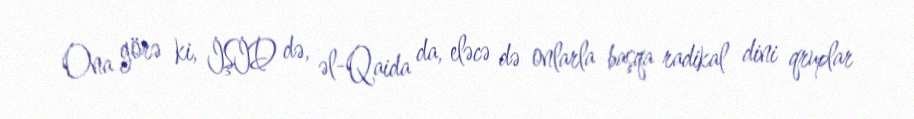
Ona görə ki, İŞİD də, əl-Qaida da, eləcə də onlarla başqa radikal dini qruplar